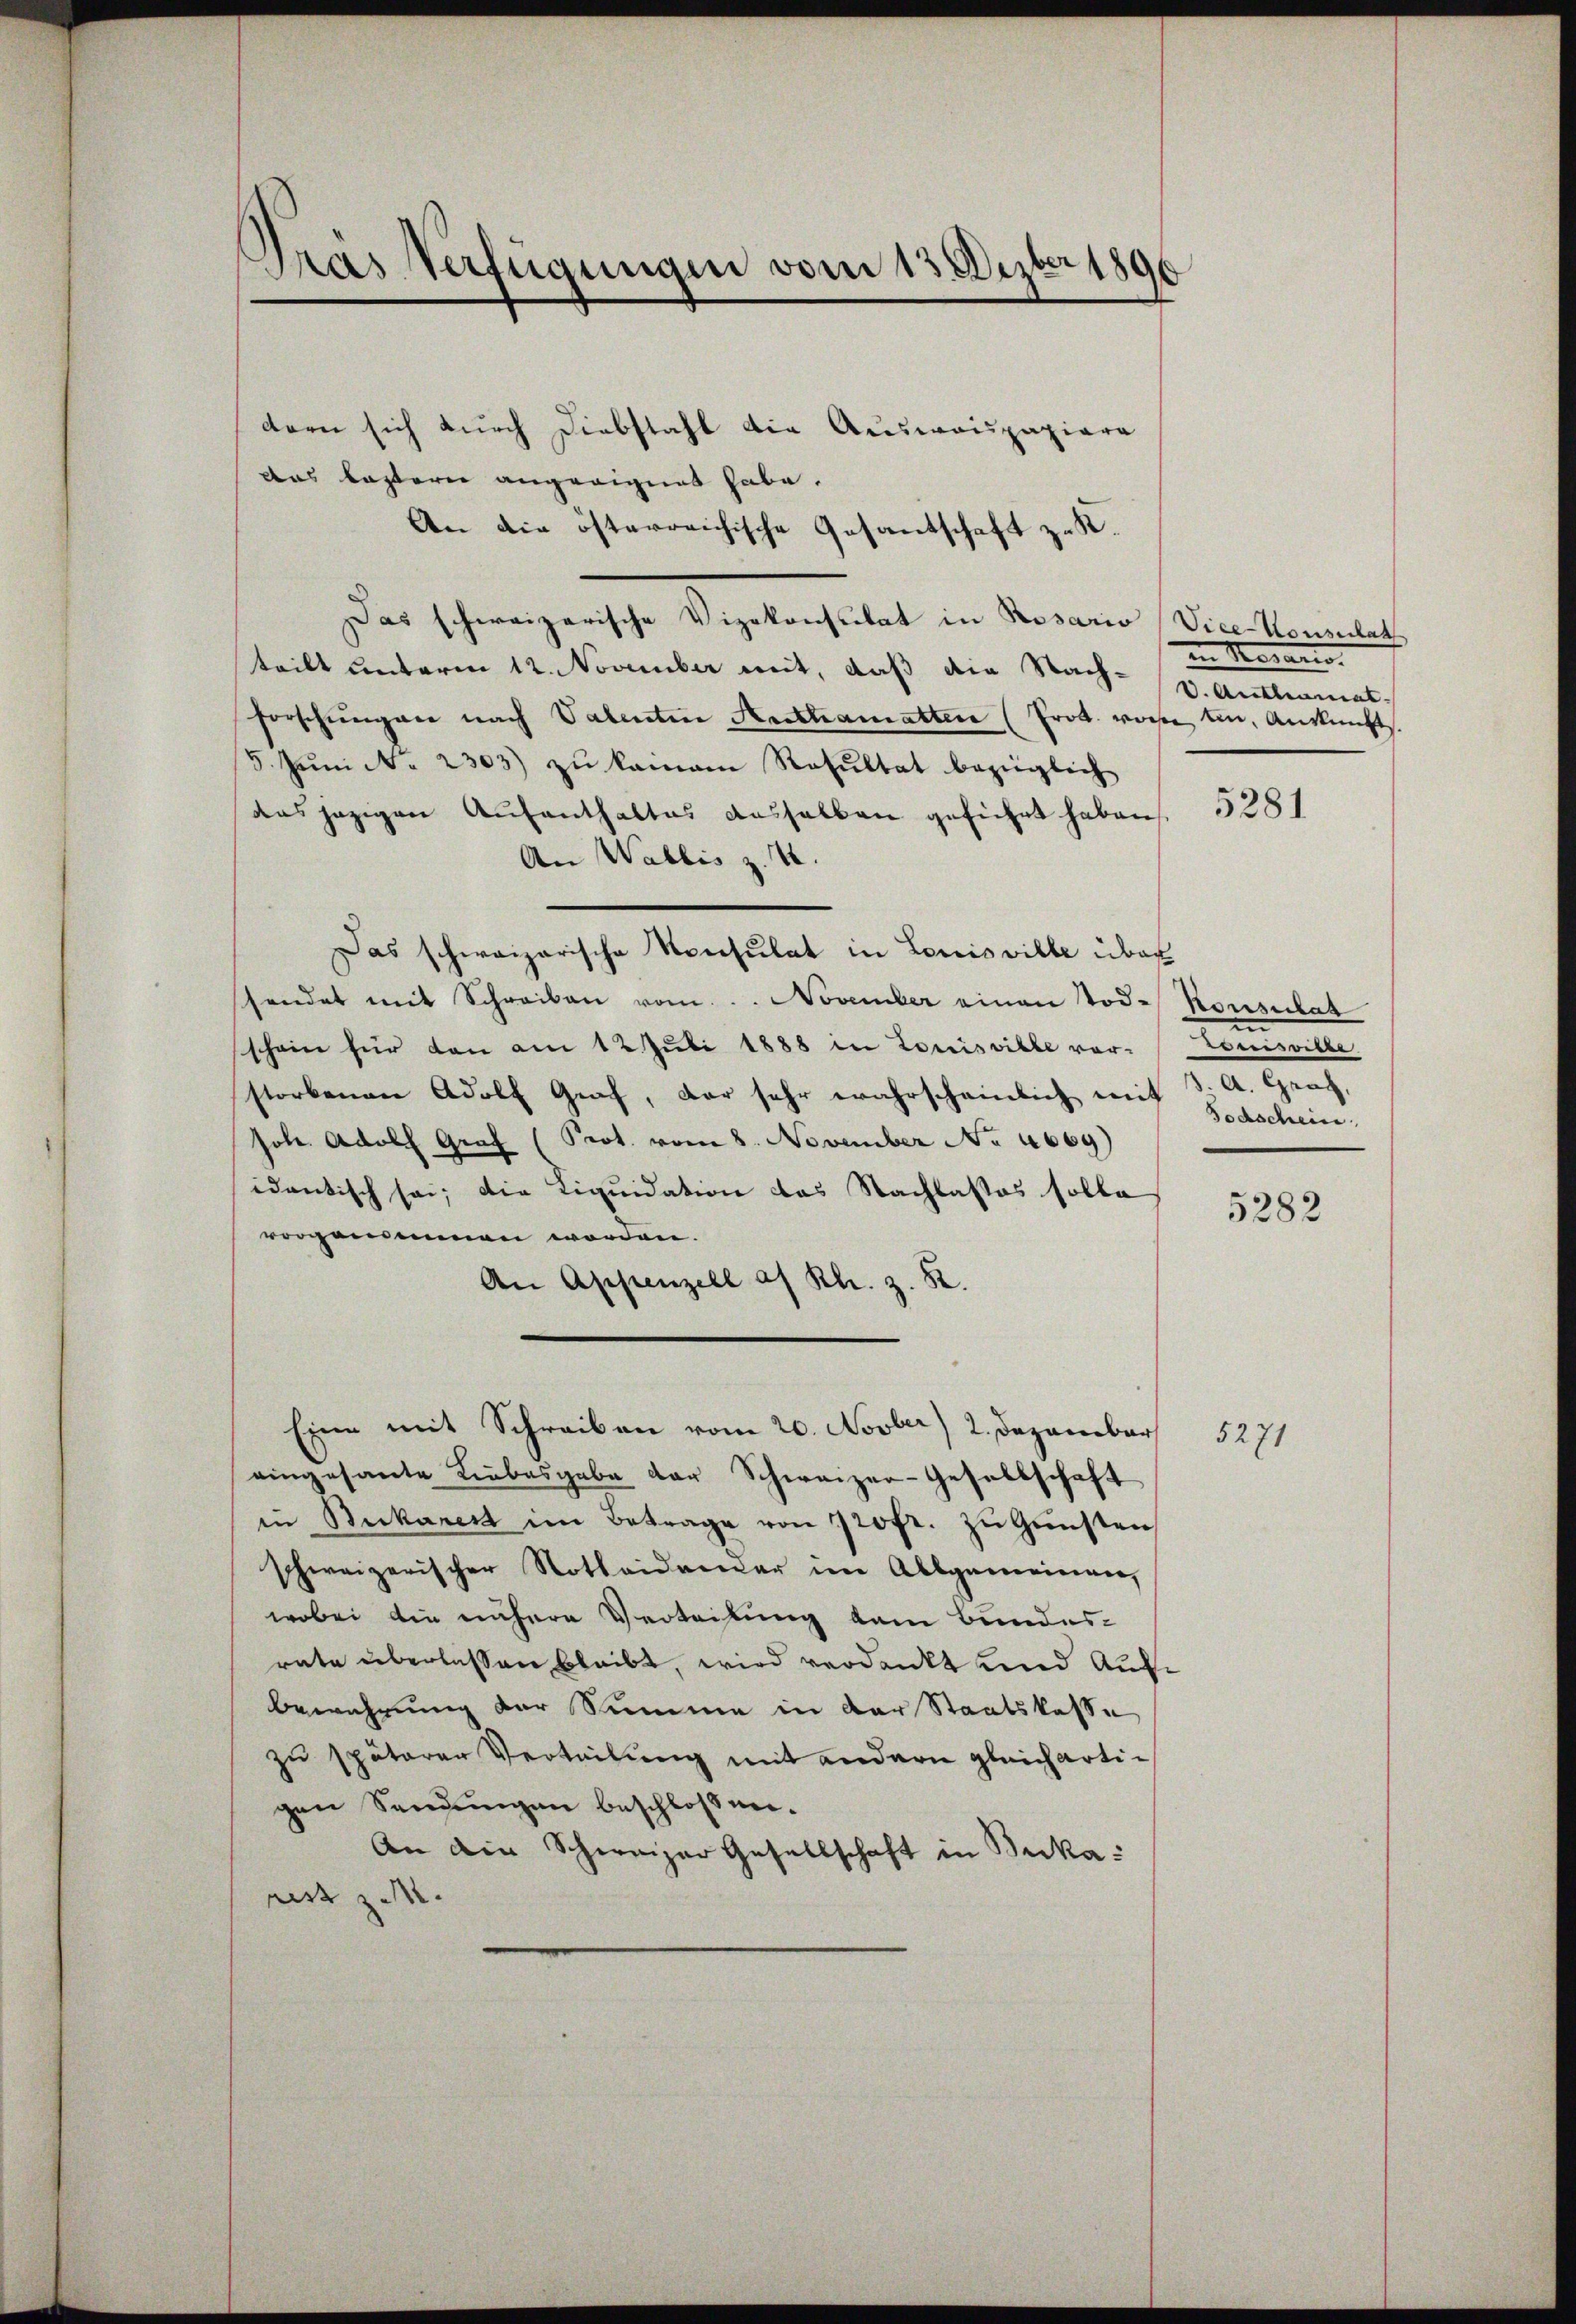
Gras Verfügungen vom 13. Dezbr 1890

dern sich durch Diebstahl die Ausweispapiere
das Lastern angeeignet habe.
An die österreichische Gesandschaft zu St.
Das schweizerische Vizekonsulat in Rosario (Vice-Konsulat
teilt unterm 12. November mit, daß die Nach-V. Antlimat-
Forschungen nach Valenten Aesthamatter (Prot. weise um Auskunfts
5. Jŭni N. 2303) zŭ kamen Resultat bezüglich
das jezigen Aufenthaltes dasselben geführt haben,
An Wallis z. 4.
Das schweizerische Konsulat in Louisville über
sendet mit Schreiben vom November einen Tod. Konsulat
schein für von am 12. Juli 1888 in Louisville vor-Louisville
storbenen Adolf Graf, der sehr wahrscheinlich mit 3. A. Graf,
sole. Adolf Graf (Prot. vom 8. November No 4669)
idantisch sei; die Liquidation das Nachlasses solle
vorgenommen worden.
An Appenzell a. Rh. z. B.
Eine mit Schreiben vom 20. Novber) 2. Dezember
eingesante Liebesgabe der Schweizer-Gesellschaft
in Bukarest im Betrage von 120fr. zŭ Gŭnsten
schweizerischer Nothaidamer im Allgemeinen,
wobei die nähere Verteilung dem Bundes-
rate überlassen bleibt, wird verdankt und Aufbewahrung der Summe in der Staatskasse
zu späterer Verteilung mit andern gleicharti-
gen Sendungen beschloßen.
An ain Schweizer Gesellschaft in Buka:
rist zu.

in Merans

5281

in
Todschein

5282

5271